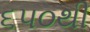
૬૫૦થી